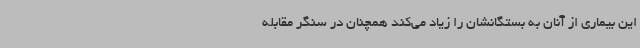
این بیماری از آنان به بستگانشان را زیاد می‌کند همچنان در سنگر مقابله